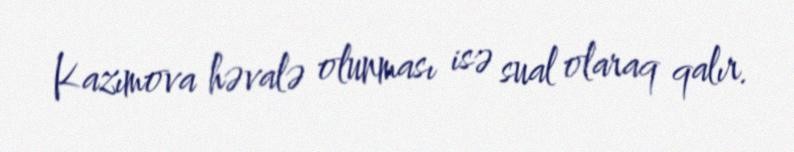
Kazımova həvalə olunması isə sual olaraq qalır.